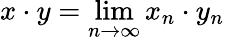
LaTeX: x\cdot y=\operatorname*{lim}_{n\to\infty}x_{n}\cdot y_{n}